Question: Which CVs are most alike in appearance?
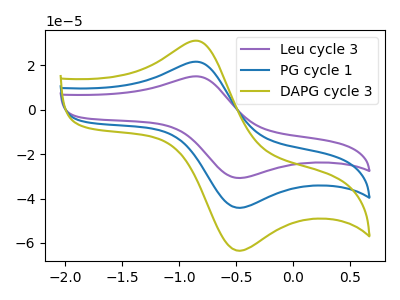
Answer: <think>The purple curve "Leu cycle 3" has an anodic peak at (-0.85V, 15.00uA) and a cathodic peak at (-0.50V, -30.75uA). The blue curve "PG cycle 1" has an anodic peak at (-0.85V, 21.60uA) and a cathodic peak at (-0.50V, -44.20uA). The olive curve "DAPG cycle 3" has an anodic peak at (-0.85V, 43.15uA) and a cathodic peak at (-0.50V, -88.35uA).
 All the peaks in "Leu cycle 3" have a peak in "PG cycle 1" at the same potential. Every peak in "Leu cycle 3" is lower than every peak in "PG cycle 1". All the peaks in "Leu cycle 3" have a peak in "DAPG cycle 3" at the same potential. Every peak in "Leu cycle 3" is lower than every peak in "DAPG cycle 3". All the peaks in "PG cycle 1" have a peak in "DAPG cycle 3" at the same potential. Every peak in "PG cycle 1" is lower than every peak in "DAPG cycle 3".</think>
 <answer>"Leu cycle 3", "PG cycle 1" and "DAPG cycle 3" have the same shape and are likely CV's of the same chemical.</answer>
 <eval>"Leu cycle 3" "PG cycle 1" "DAPG cycle 3"</eval>